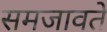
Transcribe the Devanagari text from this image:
समजावते